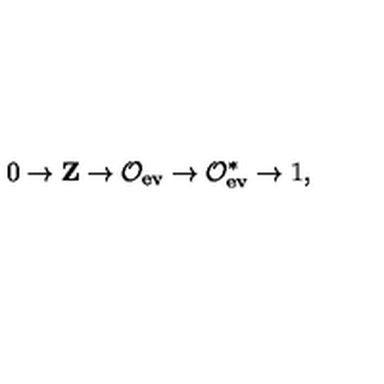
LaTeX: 0 \rightarrow { \bf Z } \rightarrow { \cal O } _ { \mathrm { e v } } \rightarrow { \cal O } _ { \mathrm { e v } } ^ { * } \rightarrow 1 ,